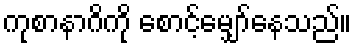
ကုစာနာဂိကို စောင့်မျှော်နေသည်။